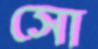
সো